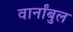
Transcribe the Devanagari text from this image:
वार्नांबुल